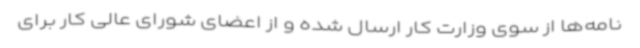
نامه‌ها از سوی وزارت کار ارسال شده و از اعضای شورای عالی کار برای